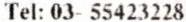
TEL: 03- 55423228